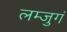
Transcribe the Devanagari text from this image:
लम्जुगं